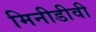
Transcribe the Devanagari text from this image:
मिनीडीवी